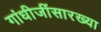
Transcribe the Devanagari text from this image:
गांधीजींसारख्या